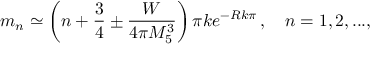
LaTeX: m _ { n } \simeq \left( n + \frac { 3 } { 4 } \pm \frac { W } { 4 \pi M _ { 5 } ^ { 3 } } \right) \pi k e ^ { - R k \pi } \, , \ \ \ n = 1 , 2 , . . . ,